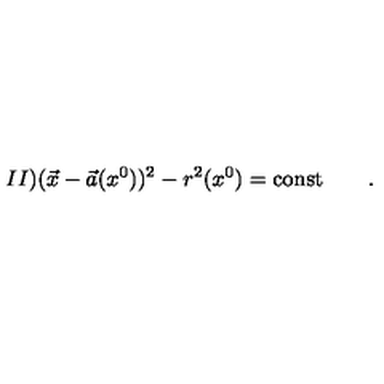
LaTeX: I I ) ( \vec { x } - \vec { a } ( x ^ { 0 } ) ) ^ { 2 } - r ^ { 2 } ( x ^ { 0 } ) = \mathrm { c o n s t } \qquad .